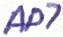
Text: AD7